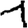
Digit: 1